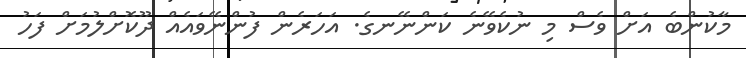
މާކުންބެ އަށް ވެސް މި ނުކެވޭނެ ކަންނޭނގެ. އަހަރެން ފުންނޭވައެއް ދޫކޮށްލުމަށް ފަހު